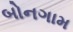
બોનગામ